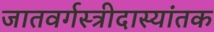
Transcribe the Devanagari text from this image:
जातवर्गस्त्रीदास्यांतक